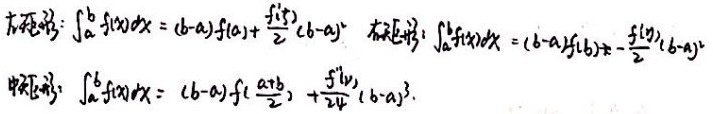
左矩形：\(\int_{a}^{b} f(x)dx=(b - a)f(a)+\frac{f^{\prime}(\xi)}{2}(b - a)^{2}\)

右矩形：\(\int_{a}^{b} f(x)dx=(b - a)f(b)-\frac{f^{\prime}(\eta)}{2}(b - a)^{2}\)

中矩形：\(\int_{a}^{b} f(x)dx=(b - a)f(\frac{a + b}{2})+\frac{f^{\prime\prime}(\mu)}{24}(b - a)^{3}\)